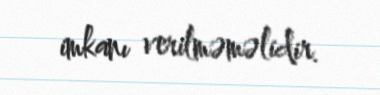
imkanı verilməməlidir.